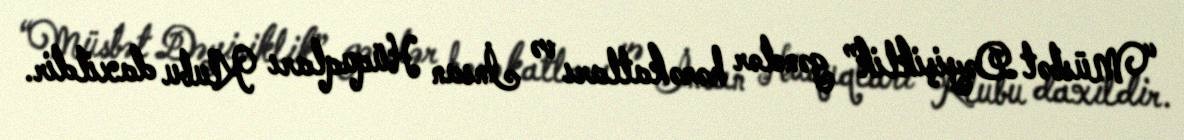
“Müsbət Dəyişiklik” gənclər hərəkatları və İnsan Hüquqları Klubu daxildir.